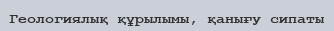
Геологиялық құрылымы, қанығу сипаты